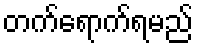
တက်ရောက်ရမည်